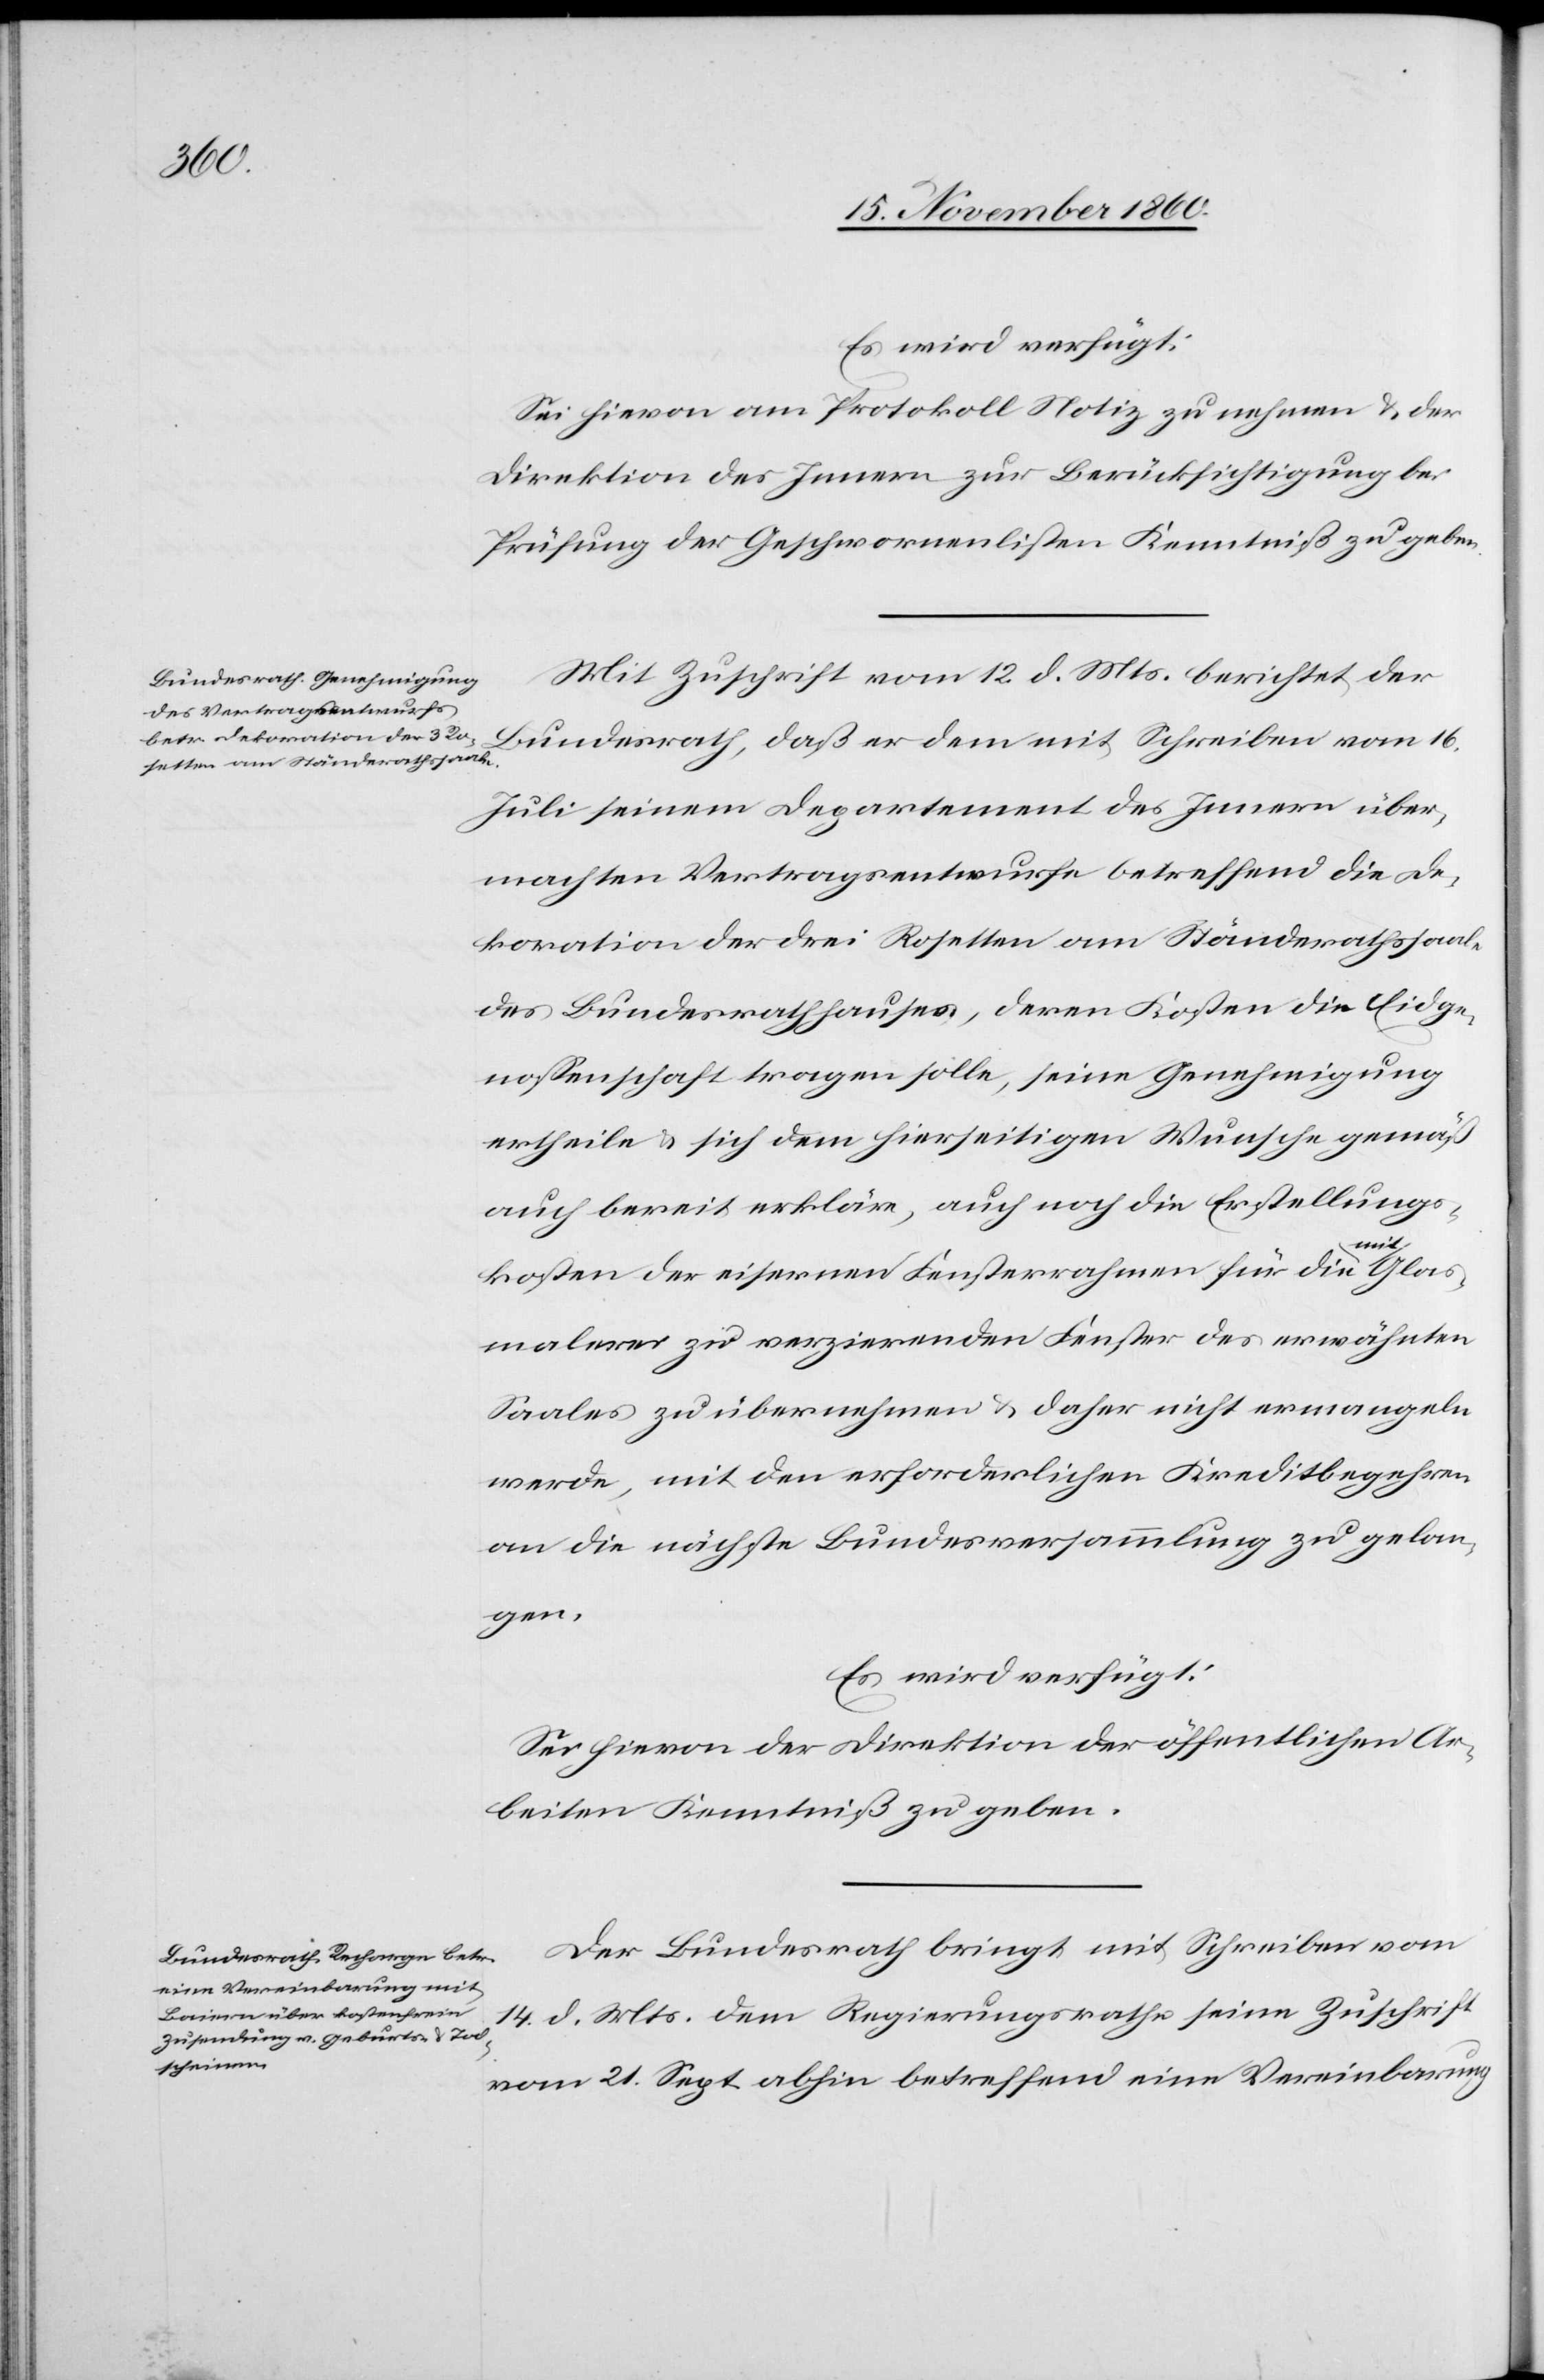
Es wird verfügt:
Sei hievon am Protokoll Notiz zu nehmen u. der
Direktion des Innern zur Berücksichtigung bei
Prüfung der Geschwornenlisten Kenntniß zu geben.
Mit Zuschrift vom 12. d. Mts. berichtet der
Bundesrath, daß er dem mit Schreiben vom 16.
Juli seinem Departement des Innern über¬
machten Vertragsentwurfe betreffend die De¬
koration der drei Rosetten am Ständerathssaal,
des Bundesrathhauses, deren Kosten die Eidge¬
nossenschaft tragen solle, seine Genehmigung
ertheile u. sich dem hierseitigen Wunsche gemäß
auch bereit erkläre, auch noch die Erstellungs¬
kosten der eisernen Fensterrahmen für die mit Glas¬
malerei zu verzierenden Fenster des erwähnten
Saales zu übernehmen u. daher nicht ermangeln
werde, mit den erforderlichen Kreditbegehren
an die nächste Bundesversammlung zu gelan¬
gen.
Es wird verfügt:
Sei hievon der Direktion der öffentlichen Ar¬
beiten Kenntniß zu geben.
Der Bundesrath bringt mit Schreiben vom
14. d. Mts. dem Regierungsrathe seine Zuschrift
vom 21. Sept. abhin betreffend eine Vereinbarung